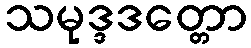
သမုဒ္ဒဒတ္တော